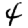
Digit: 4